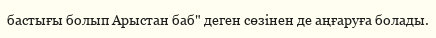
бастығы болып Арыстан баб" деген сөзінен де аңғаруға болады.